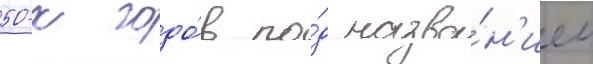
50-х годо́в по́д назва́н'ием